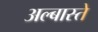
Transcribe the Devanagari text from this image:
अल्बास्ते